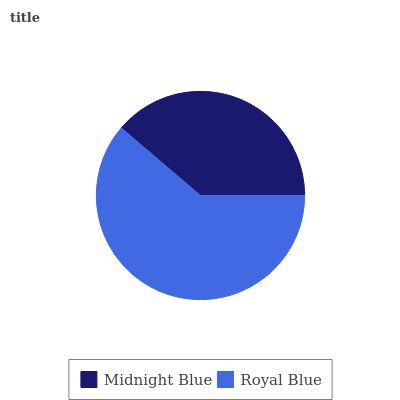
| Midnight Blue | Royal Blue |
 | --- | --- |
 | 38.8% | 61.2% |